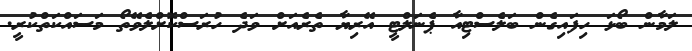
ލަމާން ބޯޅަ ހިފައިގެން ބަލެސްޓިއާ ޕެނަލްޓީ އޭރިޔާ ތެރެއަށް ވަދެ ހުރަސްކޮށްލެވޭތޯ މަސައްކަތްކުރީ.